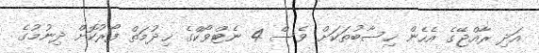
އަދި ރާއްޖޭގެ އެހެން ހިސާބުތަކަށް ވެސް 4 ނެޓްވޯކްގެ ޚިދުމަތް ފޯރުކޮށް ދިނުމުގެ